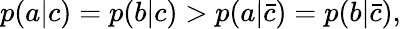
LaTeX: \begin{array}{r}{p(a|c)=p(b|c)>p(a|\bar{c})=p(b|\bar{c}),}\end{array}